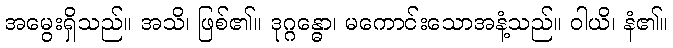
အမွေးရှိသည်။ အသိ၊ ဖြစ်၏။ ဒုဂ္ဂန္ဓော၊ မကောင်းသောအနံ့သည်။ ဝါယိ၊ နံ၏။